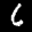
Label: 6